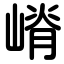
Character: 嵴